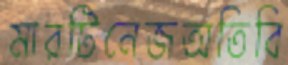
মারটিনেজঅতিবি